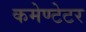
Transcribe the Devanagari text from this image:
कमेण्टेटर